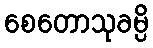
စေတောသုခမ္ပိ